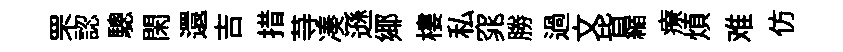
罘認驄閑還吉措䒭凑遜鄊樓私窕勝過文𣅜縮療煩难仿